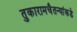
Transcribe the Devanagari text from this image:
तुकारामचैतन्यांकडे